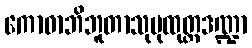
ကောဓာဘိဘူတာသုပုထုတ္တဒဏ္ဍာ